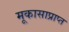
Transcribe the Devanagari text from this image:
मूकासाप्राप्त